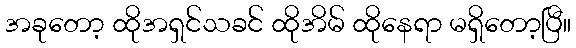
အခုတော့ ထိုအရှင်သခင် ထိုအိမ် ထိုနေရာ မရှိတော့ပြီ။